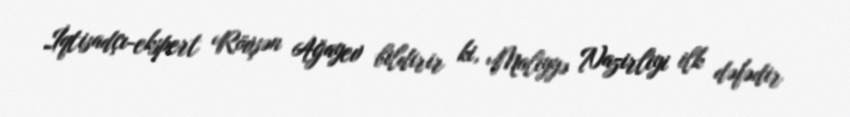
İqtisadçı-ekspert Rövşən Ağayev bildirir ki, Maliyyə Nazirliyi ilk dəfədir